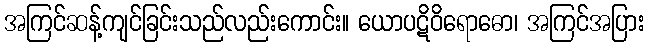
အကြင်ဆန့်ကျင်ခြင်းသည်လည်းကောင်း။ ယောပဋိဝိရောဓော၊ အကြင်အပြား